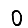
Digit: 0